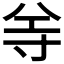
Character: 𡬦